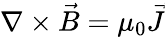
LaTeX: \nabla\times\vec{B}=\mu_{0}\vec{J}